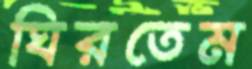
ঘিরতেম